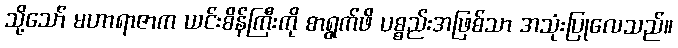
သို့သော် မဟာရာဇာက ယင်းစိန်ကြီးကို စာရွက်ဖိ ပစ္စည်းအဖြစ်သာ အသုံးပြုလေသည်။